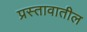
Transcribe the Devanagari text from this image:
प्रस्तावातील